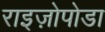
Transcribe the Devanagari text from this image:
राइज़ोपोडा